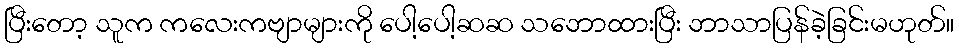
ပြီးတော့ သူက ကလေးကဗျာများကို ပေါ့ပေါ့ဆဆ သဘောထားပြီး ဘာသာပြန်ခဲ့ခြင်းမဟုတ်။